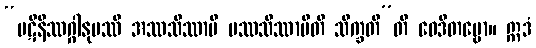
“ပဋိနိဿဂ္ဂါနုပဿီ အဿသိဿာမိ ပဿသိဿာမီတိ သိက္ခတီ”တိ ဝေဒိတဗ္ဗော။ ဣဒံ